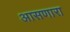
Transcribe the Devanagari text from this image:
आसणारा